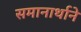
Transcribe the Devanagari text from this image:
समानार्थाने